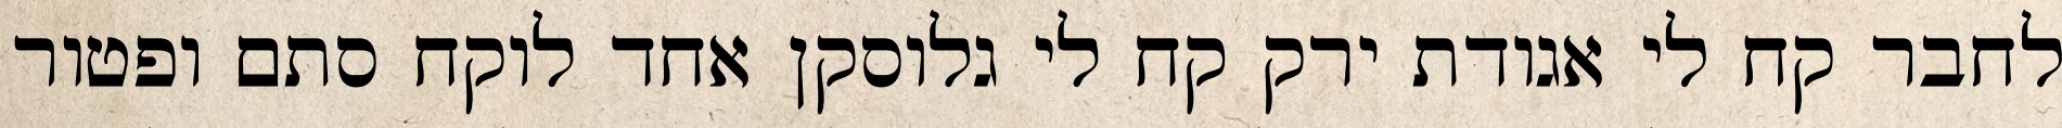
לחבר קח לי אגודת ירק קח לי גלוסקן אחד לוקח סתם ופטור